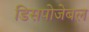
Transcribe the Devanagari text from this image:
डिसपोजेबल